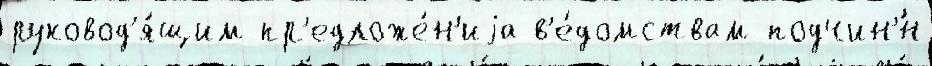
руковод'я́щим пр'едложе́н'иjа в'е́домствам подчин'́н